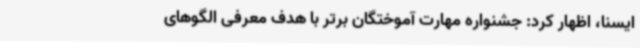
ایسنا، اظهار کرد: جشنواره مهارت آموختگان برتر با هدف معرفی الگوهای